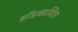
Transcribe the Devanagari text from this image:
ब्रॉडकास्टिन